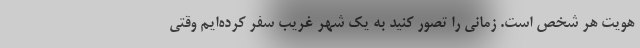
هویت هر شخص است. زمانی را تصور کنید به یک شهر غریب سفر کرده‌ایم وقتی